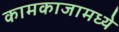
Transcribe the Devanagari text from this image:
कामकाजामध्ये